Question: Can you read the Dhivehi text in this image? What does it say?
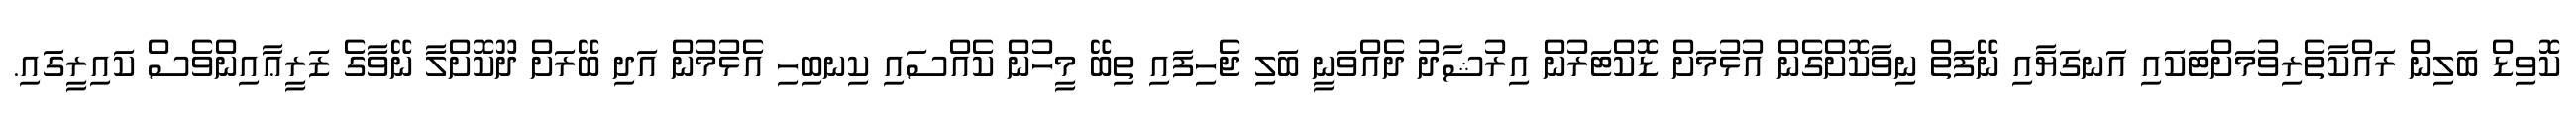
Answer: ކޮވިޑް ބަލިން ރައްކާތެރިވުމަށްޓަކައި އަނގަޔާއި ނޭފަތް ނިވާކޮށްގެން އުޅުމަށް ޑޮކްޓަރުން އިރުޝާދު ދެއްވަނީ ބަލި ޖެހިފައި ތިބޭ މީހުން ކެއްސައި ކިނބިހި އެޅުމުން އަދި ބޭރަށް ދޫކޮށްލާ ނޭވާގެ ޒަރީޢާއިންވެސް ކައިރީގައި.